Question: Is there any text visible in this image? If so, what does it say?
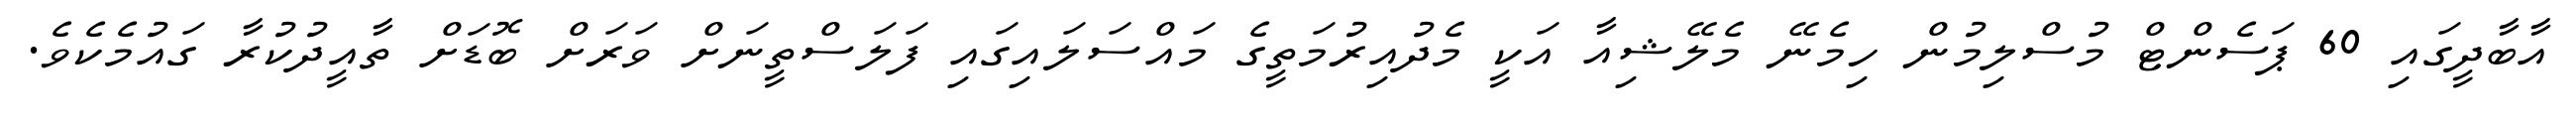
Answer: އާބާދީގައި 60 ޕަސެންޓް މުސްލިމުން ހިމެނޭ މެލޭޝިއާ އަކީ މެދުއިރުމަތީގެ މައްސަލައިގައި ފަލަސްތީނަށް ވަރަށް ބޮޑަށް ތާއީދުކުރާ ގައުމެކެވެ.